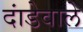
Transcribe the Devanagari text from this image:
दांडेवाले